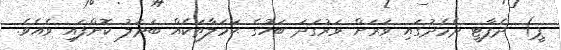
ޕީ) ދެޕާޓީ ދެމެދުގައި ވަރަށް ވަރުގަދަ ބަހުގެ ޙަމަލާތަކެއް ބަދަލު ކޮށްފައި ވެއެވެ.